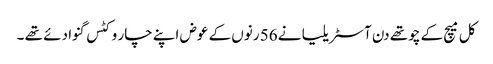
کل میچ کے چوتھے دن آسٹریلیا نے 56 رنوں کے عوض اپنے چار وکٹس گنوا دئے تھے ۔